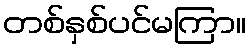
တစ်နှစ်ပင်မကြာ။